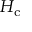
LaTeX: H _ { \mathrm { c } }